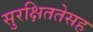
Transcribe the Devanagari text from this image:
सुरक्षिततेसह